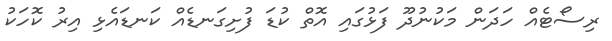
ރިސޯޓެއް ހަދަން މަކުނުދޫ ފަޅުގައި އޮތް ކުޑަ ފުށިގަނޑެއް ކަނޑައެޅި އިރު ކޮހަކު